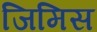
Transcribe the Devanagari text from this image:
जिमिस